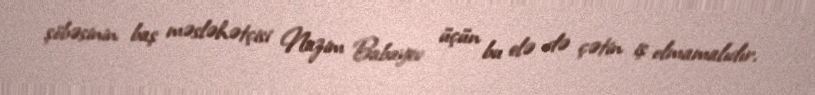
şöbəsinin baş məsləhətçisi Nazim Babayev üçün bu elə də çətin iş olmamalıdır.